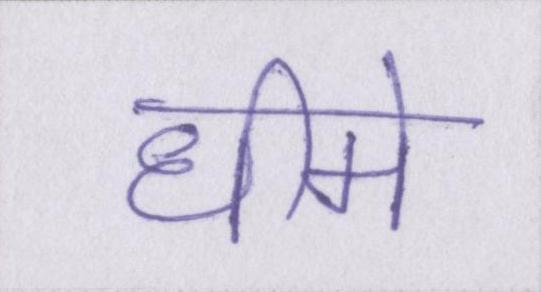
धीमे